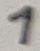
Text: 1